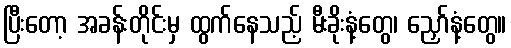
ပြီးတော့ အခန်းတိုင်းမှ ထွက်နေသည့် မီးခိုးနံ့တွေ၊ ညှော်နံ့တွေ။